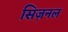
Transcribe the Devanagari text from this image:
सिज़नल